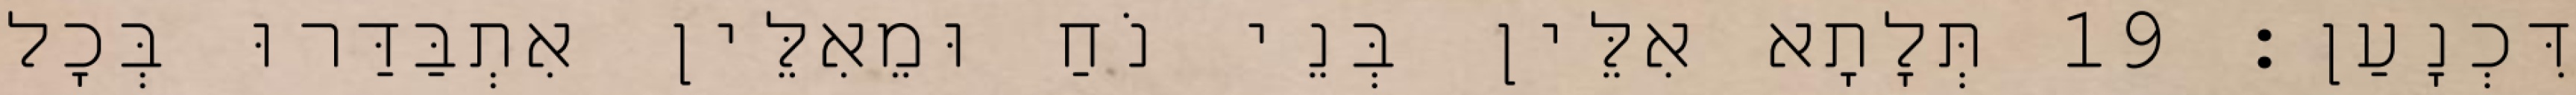
דִּכְנָעַן׃ 19 תְּלָתָא אִלֵּין בְּנֵי נֹחַ וּמֵאִלֵּין אִתְבַּדַּרוּ בְּכָל